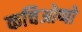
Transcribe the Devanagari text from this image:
कचिओप्पो